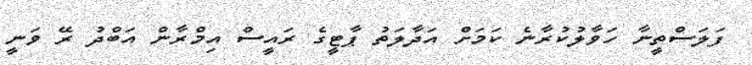
ފަލަސްތީނާ ހަވާލުކުރާނެ ކަމަށް އަދާލަތު ޕާޓީގެ ރައީސް އިމްރާން އަބްދު ރޭ ވަނީ